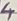
Text: 4